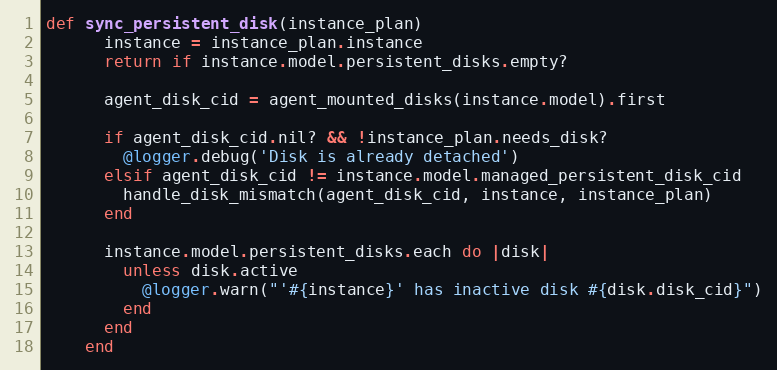
Language: Ruby
def sync_persistent_disk(instance_plan)
      instance = instance_plan.instance
      return if instance.model.persistent_disks.empty?

      agent_disk_cid = agent_mounted_disks(instance.model).first

      if agent_disk_cid.nil? && !instance_plan.needs_disk?
        @logger.debug('Disk is already detached')
      elsif agent_disk_cid != instance.model.managed_persistent_disk_cid
        handle_disk_mismatch(agent_disk_cid, instance, instance_plan)
      end

      instance.model.persistent_disks.each do |disk|
        unless disk.active
          @logger.warn("'#{instance}' has inactive disk #{disk.disk_cid}")
        end
      end
    end